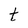
Character: t